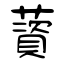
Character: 薋